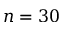
n = 3 0